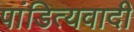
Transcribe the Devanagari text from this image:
पांडित्यवादी